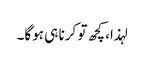
لہذا، کچھ تو کرنا ہی ہوگا۔